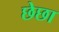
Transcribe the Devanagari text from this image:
छेछा